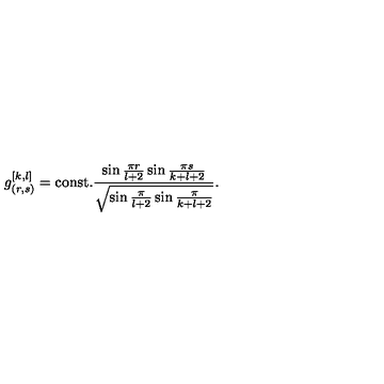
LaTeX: g _ { ( r , s ) } ^ { [ k , l ] } = \mathrm { c o n s t . } { \frac { \sin { \frac { \pi r } { l + 2 } } \sin { \frac { \pi s } { k + l + 2 } } } { \sqrt { \sin { \frac { \pi } { l + 2 } } \sin { \frac { \pi } { k + l + 2 } } } } } .